[Report on the health of British troops in the Madras command]
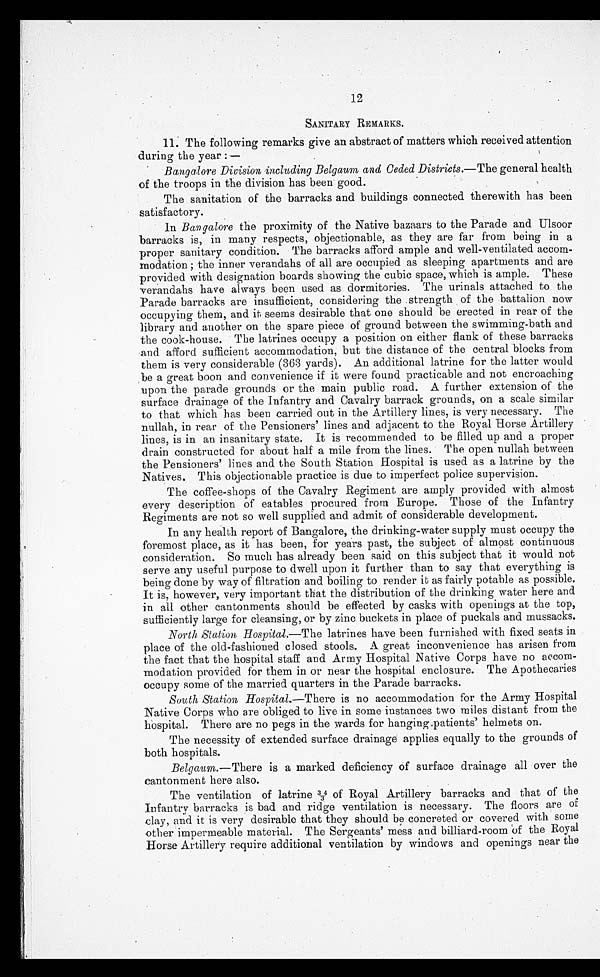
12
SANITARY REMARKS.
11. The following remarks give an abstract of matters which received attention
during the year :—
Bangalore Division including Belgaum and Ceded Districts .—The general health
of the troops in the division has been good.
The sanitation of the barracks and buildings connected therewith has been
satisfactory.
In Bangalore the proximity of the Native bazaars to the Parade and Ulsoor
barracks is, in many respects, objectionable, as they are far from being in a
proper sanitary condition. The barracks afford ample and well-ventilated accom
-modation ; the inner verandahs of all are occupied as sleeping apartments and are
provided with designation boards showing the cubic space, which is ample. These
verandahs have always been used as dormitories. The urinals attached to the
Parade barracks are insufficient, considering the strength of the battalion now
occupying them, and it seems desirable that one should be erected in rear of the
library and another on the spare piece of ground between the swimming-bath and
the cook-house. The latrines occupy a position on either flank of these barracks
and afford sufficient accommodation, but the distance of the central blocks from
them is very considerable (363 yards). An additional latrine for the latter would
be a great boon and convenience if it were found practicable and not encroaching
upon the parade grounds or the main public road. A further extension of the
surface drainage of the Infantry and Cavalry barrack grounds, on a scale similar
to that which has been carried out in the Artillery lines, is very necessary. The
nullah, in rear of the Pensioners' lines and adjacent to the Royal Horse Artillery
lines, is in an insanitary state. It is recommended to be filled up and a proper
drain constructed for about half a mile from the lines. The open nullah between
the Pensioners' lines and the South Station Hospital is used as a latrine by the
Natives. This objectionable practice is due to imperfect police supervision.
The coffee-shops of the Cavalry Regiment are amply provided with almost
every description of eatables procured from Europe. Those of the Infantry
Regiments are not so well supplied and admit of considerable development.
In any health report of Bangalore, the drinking-water supply must occupy the
foremost place, as it has been, for years past, the subject of almost continuous
consideration. So much has already been said on this subject that it would not
serve any useful purpose to dwell upon it further than to say that everything is
being done by way of filtration and boiling to render it as fairly potable as possible.
It is, however, very important that the distribution of the drinking water here and
in all other cantonments should be effected by casks with openings at the top,
sufficiently large for cleansing, or by zinc buckets in place of puckals and mussacks.
North Station Hospital .—The latrines have been furnished with fixed seats in
place of the old-fashioned closed stools. A great inconvenience has arisen from
the fact that the hospital staff and Army Hospital Native Corps have no accom
-modation provided for them in or near the hospital enclosure. The Apothecaries
occupy some of the married quarters in the Parade barracks.
South Station hospital .—There is no accommodation for the Army Hospital
Native Corps who are obliged to live in some instances two miles distant from the
hospital. There are no pegs in the wards for hanging patients' helmets on.
The necessity of extended surface drainage applies equally to the grounds of
both hospitals.
Belgaum .—There is a marked deficiency of surface drainage all over the
cantonment here also.
The ventilation of latrine 3 4/3 of Royal Artillery barracks and that of the
Infantry barracks is bad and ridge ventilation is necessary. The floors are of
clay, and it is very desirable that they should be concreted or covered with some
other impermeable material. The Sergeants' mess and billiard-room of the Royal
Horse Artillery require additional ventilation by windows and openings near the